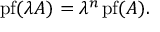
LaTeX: \operatorname { p f } ( \lambda A ) = \lambda ^ { n } \operatorname { p f } ( A ) .